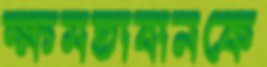
ক্ষমতাবানকে